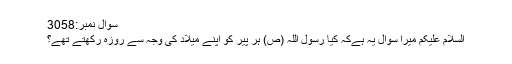
سوال نمبر:3058
السلام علیکم میرا سوال یہ ہےکہ کیا رسول اللہ (ص) ہر پیر کو اپنے میلاد کی وجہ سے روزہ رکھتے تھے؟